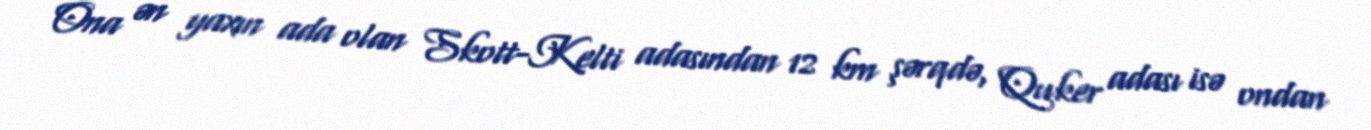
Ona ən yaxın ada olan Skott-Kelti adasından 12 km şərqdə, Quker adası isə ondan